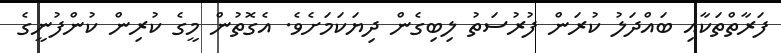
ފަރާތްތަކާއި ބައްދަލު ކުރަން ފުރުސަތު ލިބިގެން ދިޔަކަމަށެވެ. އެގޮތުން މީގެ ކުރިން ކުންފުނީގެ